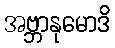
အဗ္ဘာနုမောဒိ